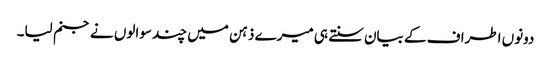
دونوں اطراف کے بیان سنتے ہی میرے ذہن میں چند سوالوں نے جنم لیا۔